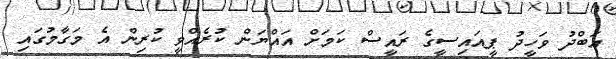
އަބްދު ވަހީދު ޕީއައިސީގެ ރައީސް ކަމަށް އައްޔަން ކުރެއްވީ ކުރިން އެ މަގާމުގައި